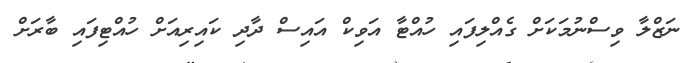
ނަޒްލާ ވިސްނުމަކަށް ގެއްލިފައި ހުއްޓާ އަވިކް އައިސް ދާދި ކައިރިއަށް ހުއްޓިފައި ބާރަށް